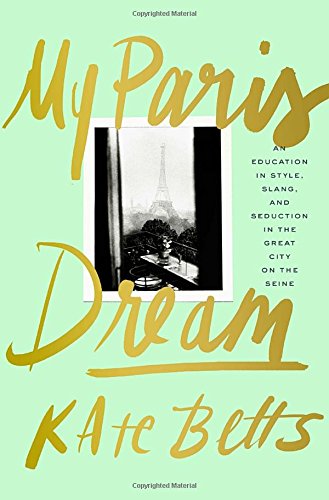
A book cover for My Paris Dream: An Education in Style, Slang, and Seduction in the Great City on the Seine; Kate Betts; Arts & Photography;